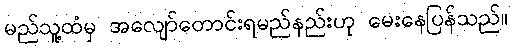
မည်သူ့ထံမှ အလျော်တောင်းရမည်နည်းဟု မေးနေပြန်သည်။